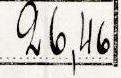
26,46